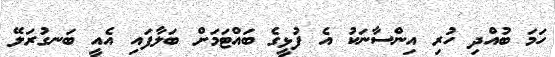
ހަމަ ބުއްދި ހުރި އިންސާނަކު އެ ފުޅީގެ ބައްޓަމަށް ބަލާފައި އެއީ ބަނގުރަލޭ